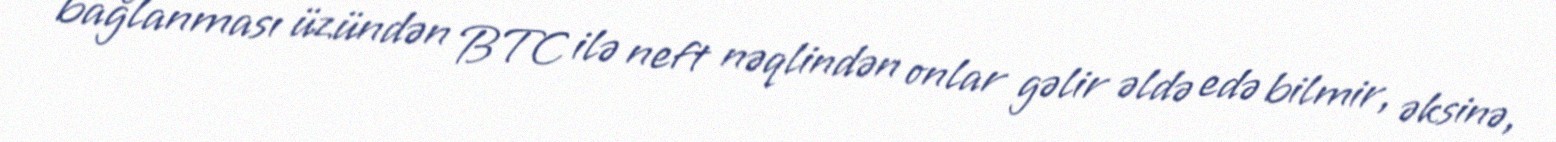
bağlanması üzündən BTC ilə neft nəqlindən onlar gəlir əldə edə bilmir, əksinə,